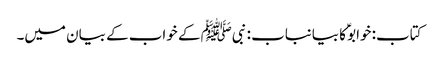
کتاب: خوابوؑ کا بیانباب : نبیﷺ کے خواب کے بیان میں۔